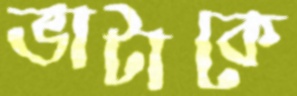
ভাটাকে